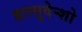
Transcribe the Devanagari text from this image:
हात्सुदेन्शो